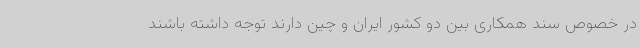
در خصوص سند همکاری بین دو کشور ایران و چین دارند توجه داشته باشند